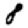
Digit: 8